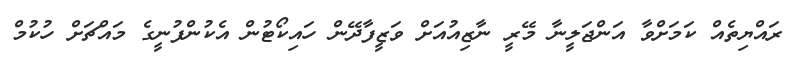
ރައްޔިތެއް ކަމަށްވާ އަންޖަލީނާ މޭރީ ނާޒިއުއަށް ވަޒީފާދޭން ހައިކޯޓުން އެކުންފުނީގެ މައްޗަށް ހުކުމް